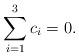
LaTeX: \begin{align*}\sum_{i=1}^3 c_i=0.\end{align*}